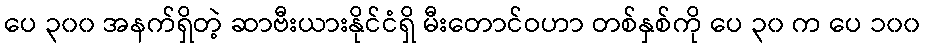
ပေ ၃၀၀ အနက်ရှိတဲ့ ဆာဗီးယားနိုင်ငံရှိ မီးတောင်ဝဟာ တစ်နှစ်ကို ပေ ၃၀ က ပေ ၁၀၀